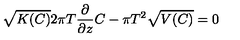
\sqrt { K ( C ) } 2 \pi T { \frac { \partial } { \partial z } } C - \pi T ^ { 2 } \sqrt { V ( C ) } = 0